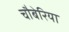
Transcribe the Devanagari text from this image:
चौबेरिया